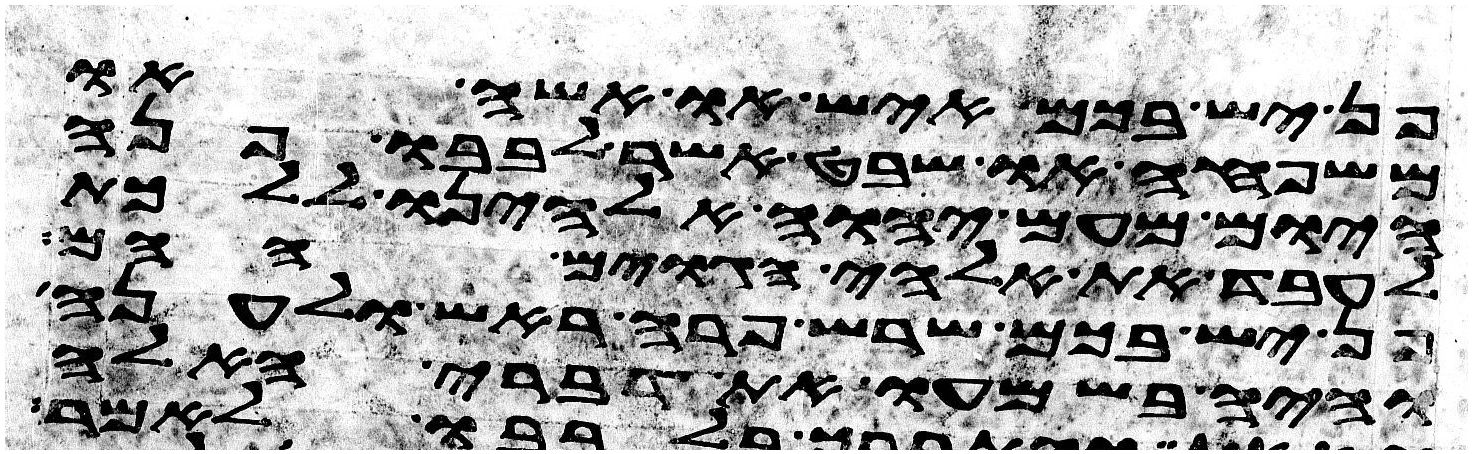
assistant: פן יש בכם איש או אשה או
משפחה או שבט אשר לבבו פנה
היום מעם יהוה אלהינו ללכת
לעבד את אלהי הגוים ההם
פן יש בכם שרש פרה ראש ולענה
והיה בשמעו את דברי האלה